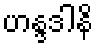
ဟန္ဒဒါနိ